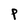
Character: P